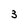
Character: 3